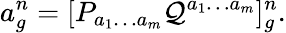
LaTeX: a_{g}^{n}=[P_{a_{1}\ldots a_{m}}{\cal Q}^{a_{1}\ldots a_{m}}]_{g}^{n}.